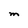
Character: M